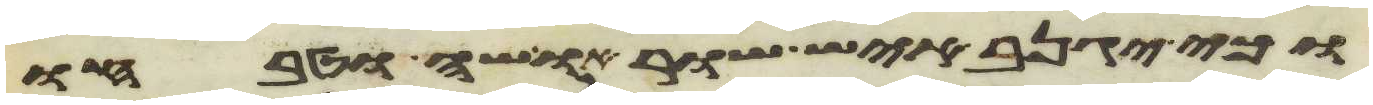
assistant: וכי יגנב איש שור או שה וטבחו